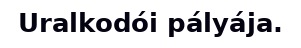
Uralkodói pályája.